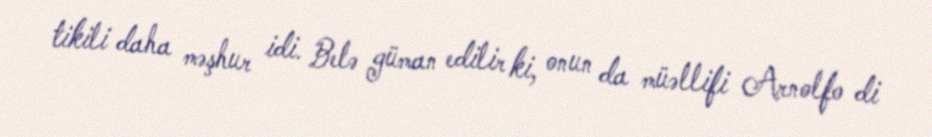
tikili daha məşhur idi. Belə güman edilir ki, onun da müəllifi Arnolfo di